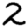
Digit: 2